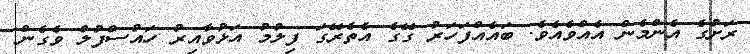
ރަށުގެ އެންމެން އެއްވެއެވެ. ބައެއްފަހަރު ގޭގެ އެތެރޭގަ ފިލުމު އަޅުވާއިރު ހައުސްފުލް ވެގެން